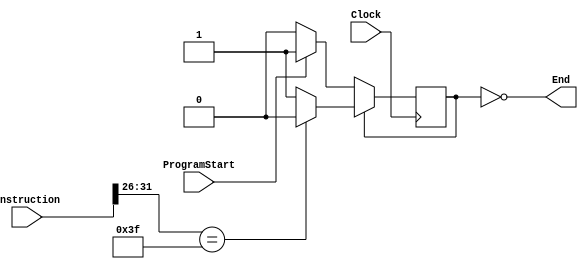
module CpuStarter(Instruction, ProgramStart, Clock, End);
    input Clock, ProgramStart;
    input[31 : 0] Instruction;
    output End;

    localparam START = 0, EXECUTE = 1;
    reg state;

    assign End = !state;

    initial begin
        state <= 0;
    end

    always @(posedge Clock) begin
        if (state) begin    // For Execute
            if (Instruction[31:26] == 6'b111111) begin      // Op == 111111 Means Its The End
                state <= START;
            end
        end
        else begin
            if (ProgramStart) begin
                state <= EXECUTE;
            end
        end
    end
endmodule